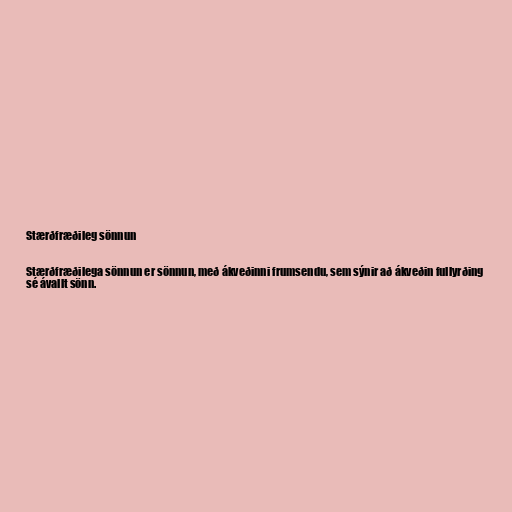
Stærðfræðileg sönnun

Stærðfræðilega sönnun er sönnun, með ákveðinni frumsendu, sem sýnir að ákveðin fullyrðing
sé ávallt sönn.